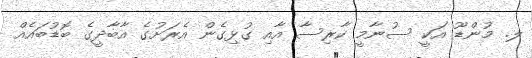
ލ. މުންޑޫ އަކީ ސުނާމީ ކާރިސާ އާއި ގުޅިގެން އެރަށުގެ އާބާދީގެ ބޮޑުބައެއް